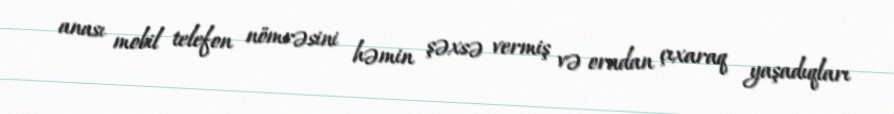
anası mobil telefon nömrəsini həmin şəxsə vermiş və oradan çıxaraq yaşadıqları